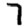
Digit: 7